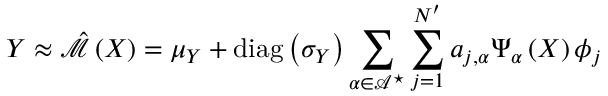
\boldsymbol { Y } \approx \hat { \mathcal { M } } \left( \boldsymbol { X } \right) = \boldsymbol { \mu _ { \boldsymbol { Y } } } + \operatorname { d i a g } \left( \boldsymbol { \sigma _ { \boldsymbol { Y } } } \right) \sum _ { \boldsymbol { \alpha } \in \mathcal { A } ^ { \star } } \sum _ { j = 1 } ^ { N ^ { \prime } } a _ { j , \boldsymbol { \alpha } } \Psi _ { \boldsymbol { \alpha } } \left( \boldsymbol { X } \right) \boldsymbol { \phi } _ { j }